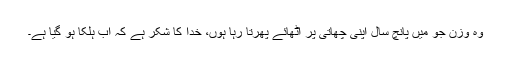
وہ وزن جو میں پانچ سال اپنی چھاتی پر اٹھائے پھرتا رہا ہوں، خدا کا شکر ہے کہ اب ہلکا ہو گیا ہے۔